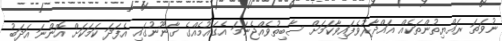
ނުވަތަ ރައްޔިތުންތަކެއް ޣައްދާރުވެފައިވާކަމަށް ސާބިތުވެއްޖެނަމަ އެގައުމެއްގެ ގާނޫނުގައި އެފަދަ ކަމަކަށް އޮންނަ އަދަބު